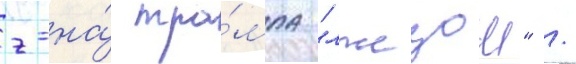
г-на́ тра́мпа "лжецом" /